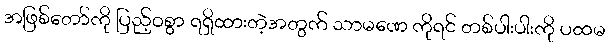
အဖြစ်တော်ကို ပြည့်ဝစွာ ရရှိထားတဲ့အတွက် သာမဏေ ကိုရင် တစ်ပါးပါးကို ပထမ